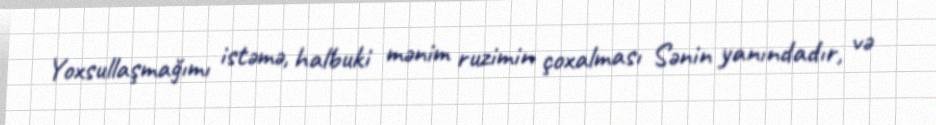
Yoxsullaşmağımı istəmə, halbuki mənim ruzimin çoxalması Sənin yanındadır, və